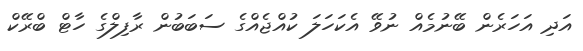
އަދި އަހަރެން ބޭނުމެއް ނުވޭ އެކަހަލަ ކުއްޖެއްގެ ސަބަބުން ރާފިލްގެ ހާޓް ބްރޭކް